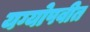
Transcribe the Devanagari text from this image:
यग्योपवीत